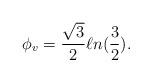
LaTeX: \begin{align*}\phi_{v} = \frac{\sqrt 3}{2}\ell n({\frac 32}).\end{align*}